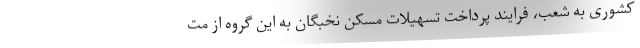
کشوری به شعب، فرایند پرداخت تسهیلات مسکن نخبگان به این گروه از مت